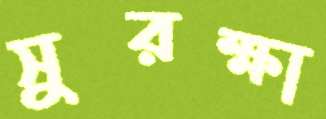
সুরক্ষা